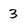
Character: 3